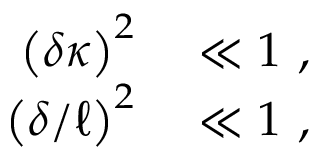
\begin{array} { r l } { \left( \delta \kappa \right) ^ { 2 } } & { { } \ll 1 ~ , } \\ { \left( \delta / \ell \right) ^ { 2 } } & { { } \ll 1 ~ , } \end{array}